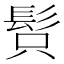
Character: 𩬫